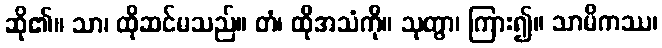
ဆို၏။ သာ၊ ထိုဆင်မသည်။ တံ၊ ထိုအသံကို။ သုတွာ၊ ကြား၍။ သာမိကဿ၊